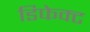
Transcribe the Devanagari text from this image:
डिफेक्‍ट